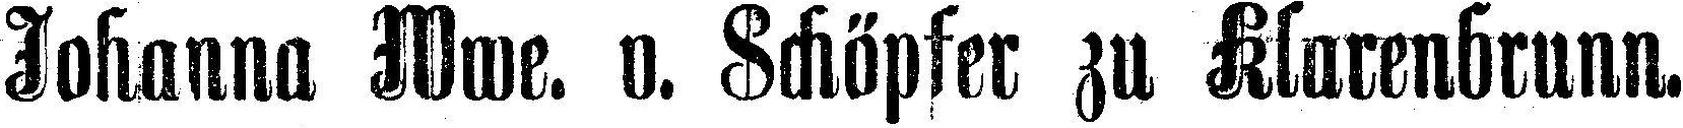
Johanna Wwe. v. Schöpfer zu Klarenbrunn.